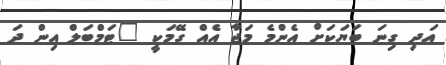
އަދި ގިނަ ބަޔަކަށް އެންމެ މަޖާ އެއް ގޭމަކީ "ޓަމްބަލް އިން ދަ